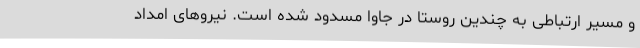
و مسیر ارتباطی به چندین روستا در جاوا مسدود شده است. نیروهای امداد